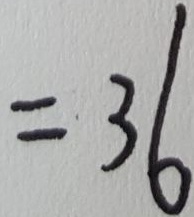
= 3 6